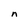
Character: n